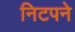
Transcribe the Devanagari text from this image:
निटपने